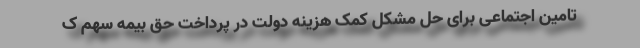
تامین اجتماعی برای حل مشکل کمک هزینه دولت در پرداخت حق بیمه سهم ک